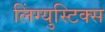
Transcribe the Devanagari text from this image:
लिंग्युस्टिक्स